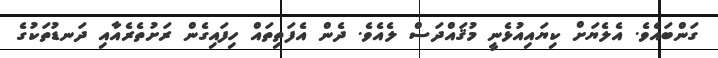
ގަންބައެވެ. އެލެޔަށް ކިޔައިއުޅެނީ މުޤައްދަސް ލެއެވެ. ދެން އެފަތިތައް ހިފައިގެން ރަށުތެރެއާއި ދަނޑުތަކުގެ